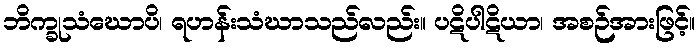
ဘိက္ခုသံဃောပိ၊ ရဟန်းသံဃာသည်လည်း။ ပဋိပါဋိယာ၊ အစဉ်အားဖြင့်။